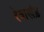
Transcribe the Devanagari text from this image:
रेवाखंड़